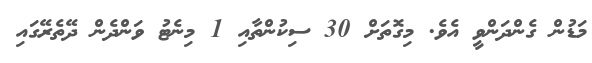
މަޑުން ގެންދަންވީ އެވެ. މިގޮތަށް 30 ސިކުންތާއި 1 މިނެޓު ވަންދެން ދޭތެރޭގައި